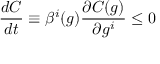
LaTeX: \frac { d C } { d t } \equiv \beta ^ { i } ( g ) \frac { \partial C ( g ) } { \partial g ^ { i } } \leq 0